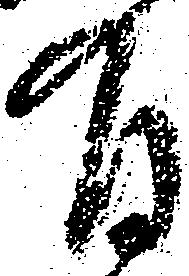
有